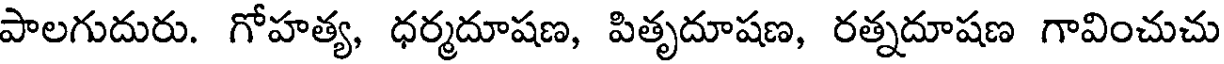
పాలగుదురు. గోహత్య, ధర్మదూషణ, పితృదూషణ, రత్నదూషణ గావించుచు